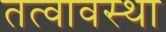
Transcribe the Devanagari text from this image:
तत्वावस्था